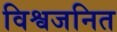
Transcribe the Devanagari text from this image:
विश्वजनित